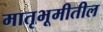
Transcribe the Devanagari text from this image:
मातृभूमीतील